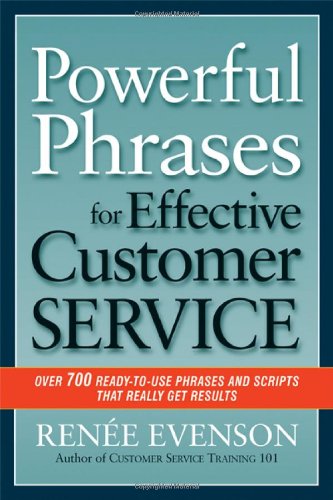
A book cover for Powerful Phrases for Effective Customer Service: Over 700 Ready-to-Use Phrases and Scripts That Really Get Results; Renee Evenson; Business & Money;